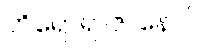
တိရောရာဇာနောပိ